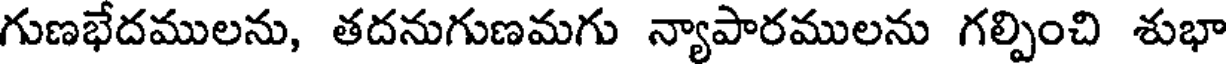
గుణభేదములను, తదనుగుణమగు న్యాపారములను గల్పించి శుభా